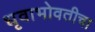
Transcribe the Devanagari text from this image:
धृवाभोवतीचा